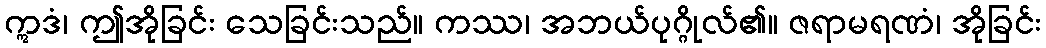
ဣဒံ၊ ဤအိုခြင်း သေခြင်းသည်။ ကဿ၊ အဘယ်ပုဂ္ဂိုလ်၏။ ဇရာမရဏံ၊ အိုခြင်း